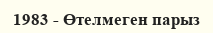
1983 - Өтелмеген парыз